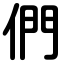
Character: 們